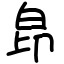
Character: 皍